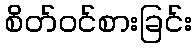
စိတ်ဝင်စားခြင်း